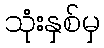
သုံးနှစ်မှ